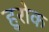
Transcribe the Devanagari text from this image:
हुरोक